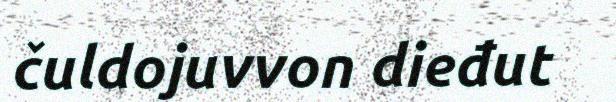
čuldojuvvon dieđut